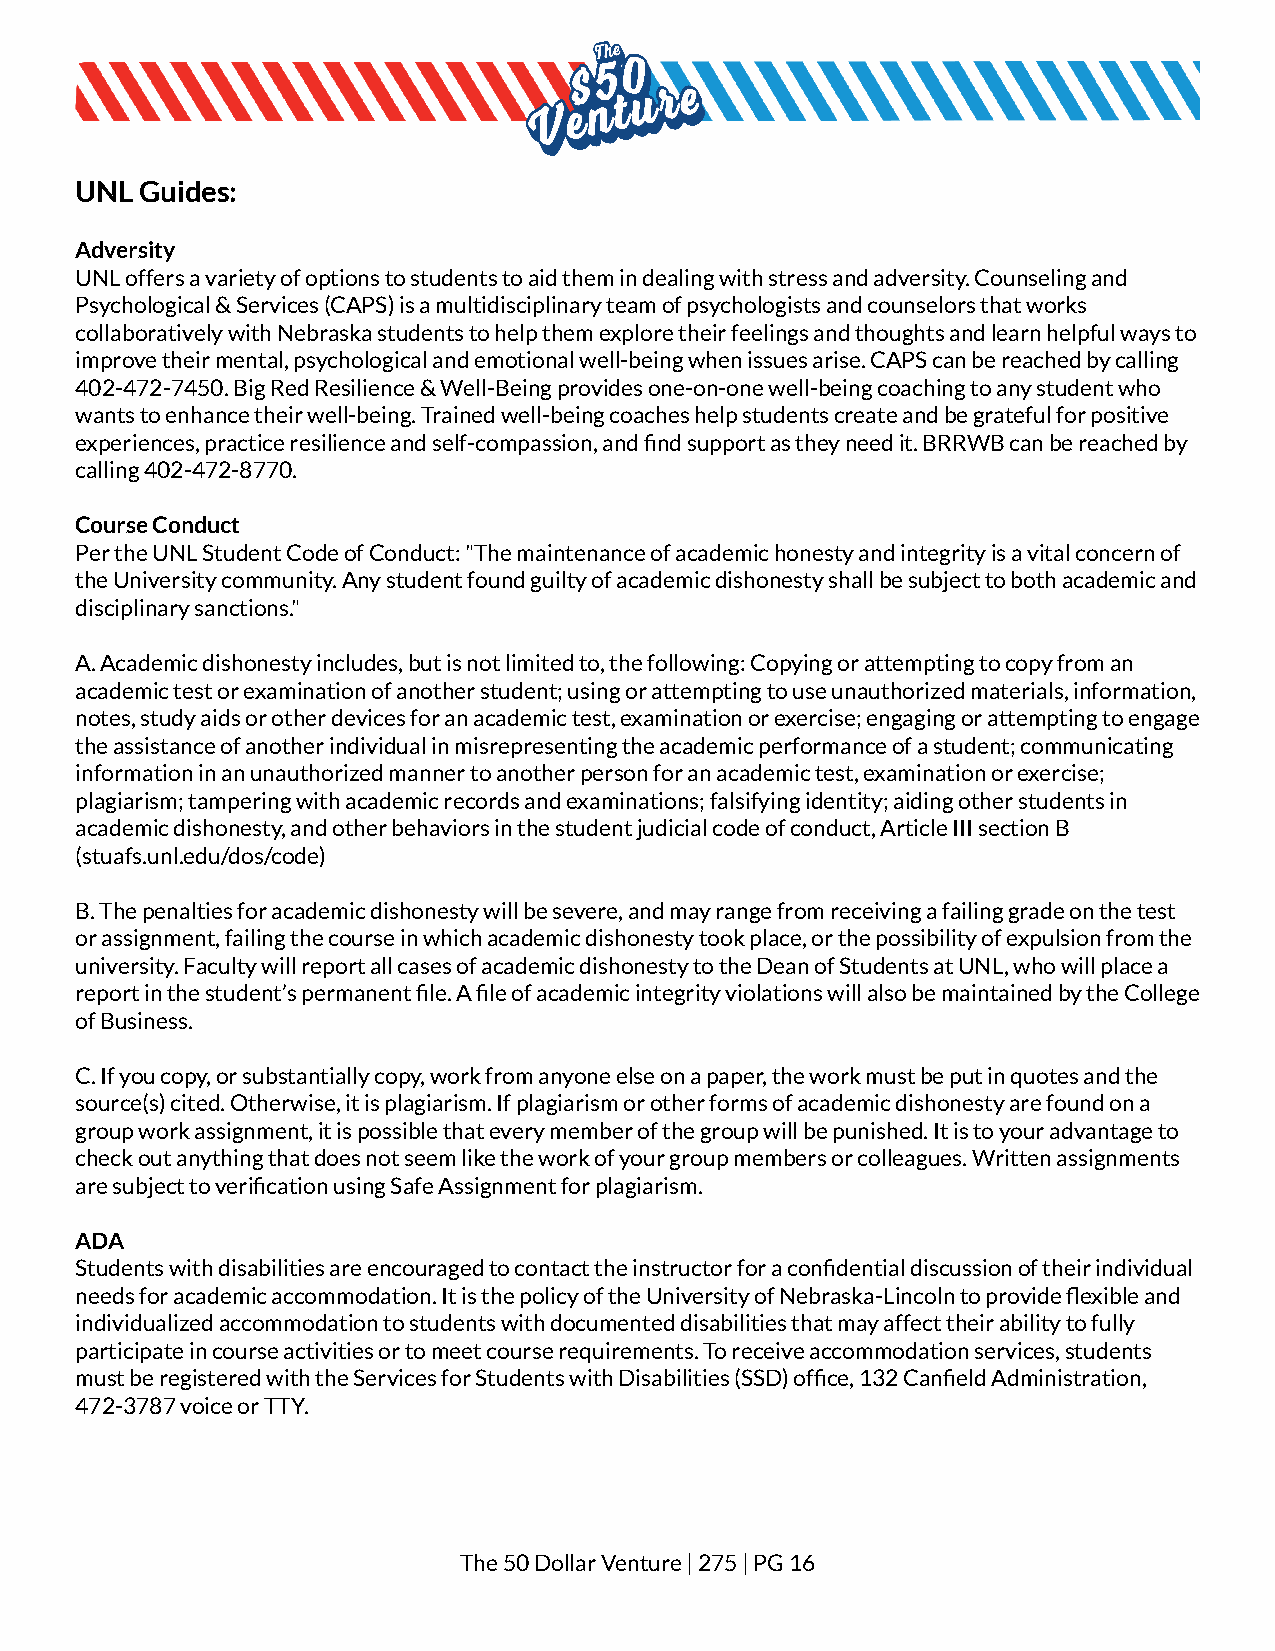
UNL Guides:
 Adversity
 UNL offers a variety of options to students to aidthem in dealing with stress and adversity. Counselingand
 Psychological & Services (CAPS) is a multidisciplinaryteam of psychologists and counselors that works
 collaboratively with Nebraska students to help themexplore their feelings and thoughts and learn helpfulways to
 improve their mental, psychological and emotionalwell-being when issues arise. CAPS can be reachedby calling
 402-472-7450. Big Red Resilience & Well-Being providesone-on-one well-being coaching to any student who
 wants to enhance their well-being. Trained well-beingcoaches help students create and be grateful forpositive
 experiences, practice resilience and self-compassion,and find support as they need it. BRRWB can be reachedby
 calling 402-472-8770.
 Course Conduct
 Per the UNL Student Code of Conduct: "The maintenanceof academic honesty and integrity is a vital concernof
 the University community. Any student found guiltyof academic dishonesty shall be subject to both academicand
 disciplinary sanctions."
 A. Academic dishonesty includes, but is not limitedto, the following: Copying or attempting to copyfrom an
 academic test or examination of another student; usingor attempting to use unauthorized materials, information,
 notes, study aids or other devices for an academictest, examination or exercise; engaging or attemptingto engage
 the assistance of another individual in misrepresentingthe academic performance of a student; communicating
 information in an unauthorized manner to another personfor an academic test, examination or exercise;
 plagiarism; tampering with academic records and examinations;falsifying identity; aiding other students in
 academic dishonesty, and other behaviors in the studentjudicial code of conduct, Article III section B
 (stuafs.unl.edu/dos/code)
 B. The penalties for academic dishonesty will be severe,and may range from receiving a failing grade on thetest
 or assignment, failing the course in which academicdishonesty took place, or the possibility of expulsionfrom the
 university. Faculty will report all cases of academicdishonesty to the Dean of Students at UNL, who willplace a
 report in the student’s permanent file. A file ofacademic integrity violations will also be maintainedby the College
 of Business.
 C. If you copy, or substantially copy, work from anyoneelse on a paper, the work must be put in quotes andthe
 source(s) cited. Otherwise, it is plagiarism. If plagiarismor other forms of academic dishonesty are found ona
 group work assignment, it is possible that every memberof the group will be punished. It is to your advantageto
 check out anything that does not seem like the workof your group members or colleagues. Written assignments
 are subject to verification using Safe Assignmentfor plagiarism.
 ADA
 Students with disabilities are encouraged to contactthe instructor for a confidential discussion of theirindividual
 needs for academic accommodation. It is the policyof the University of Nebraska-Lincoln to provideflexible and
 individualized accommodation to students with documenteddisabilities that may affect their ability to fully
 participate in course activities or to meet courserequirements. To receive accommodation services,students
 must be registered with the Services for Studentswith Disabilities (SSD) office, 132 Canfield Administration,
 472-3787 voice or TTY.
 The 50 Dollar Venture | 275 | PG16